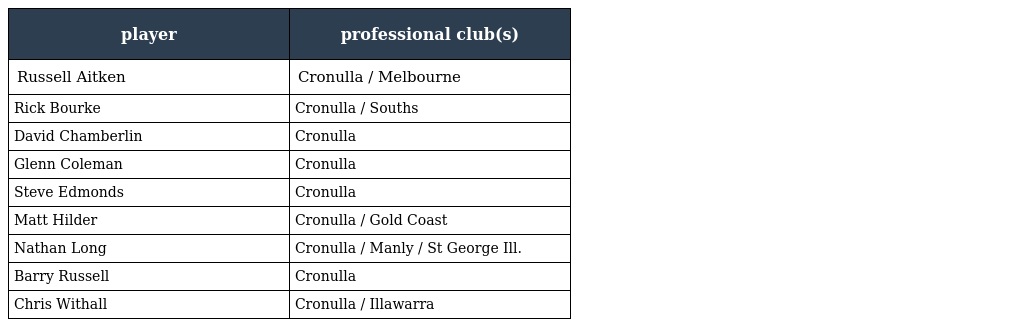
| player | professional club(s) |
 | --- | --- |
 | Russell Aitken | Cronulla / Melbourne |
 | Rick Bourke | Cronulla / Souths |
 | David Chamberlin | Cronulla |
 | Glenn Coleman | Cronulla |
 | Steve Edmonds | Cronulla |
 | Matt Hilder | Cronulla / Gold Coast |
 | Nathan Long | Cronulla / Manly / St George Ill. |
 | Barry Russell | Cronulla |
 | Chris Withall | Cronulla / Illawarra |